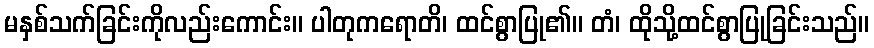
မနှစ်သက်ခြင်းကိုလည်းကောင်း။ ပါတုကရောတိ၊ ထင်စွာပြု၏။ တံ၊ ထိုသို့ထင်စွာပြုခြင်းသည်။